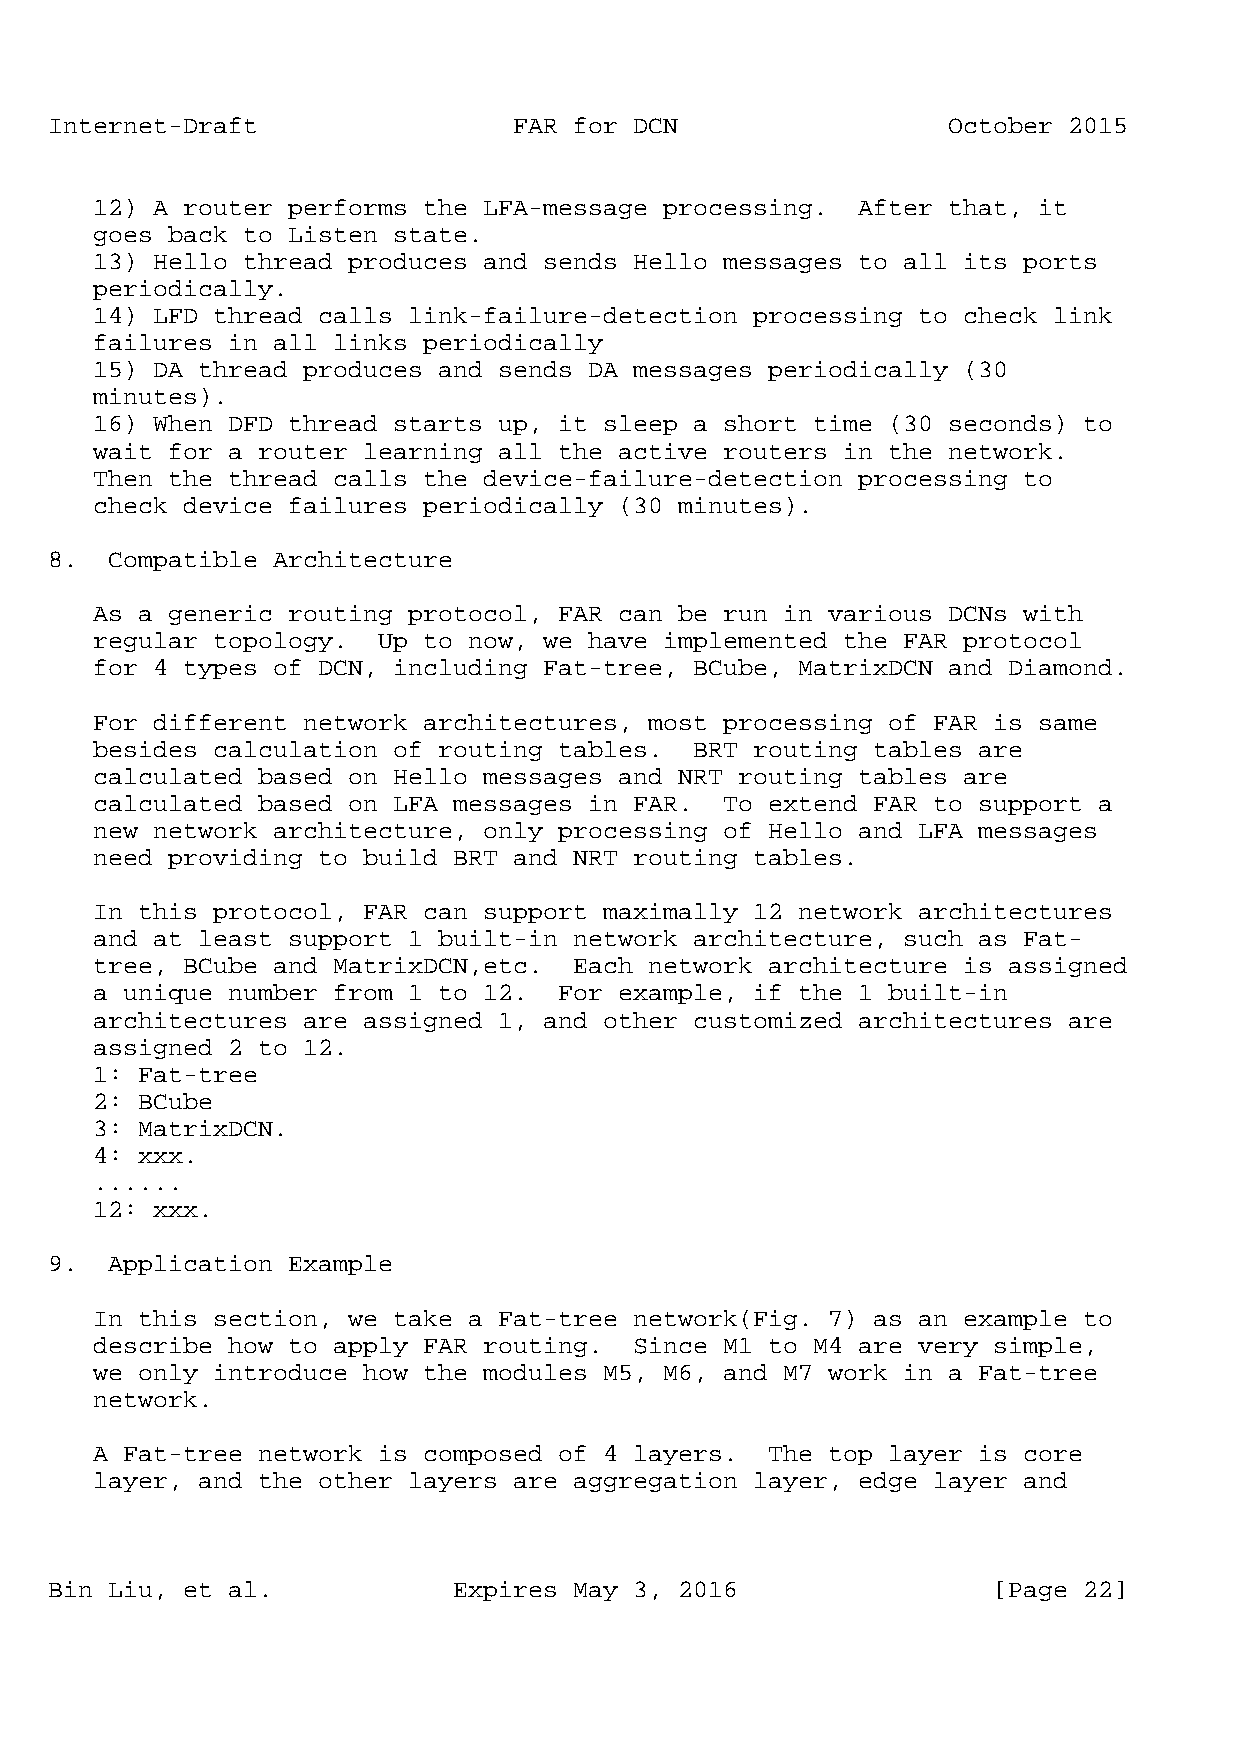
Internet-Draft                 FAR for DCN                  October 2015
 12) A router performs the LFA-message processing.  After that, it
 goes back to Listen state.
 13) Hello thread produces and sends Hello messages to all its ports
 periodically.
 14) LFD thread calls link-failure-detection processing to check link
 failures in all links periodically
 15) DA thread produces and sends DA messages periodically (30
 minutes).
 16) When DFD thread starts up, it sleep a short time (30 seconds) to
 wait for a router learning all the active routers in the network.
 Then the thread calls the device-failure-detection processing to
 check device failures periodically (30 minutes).
 8.  Compatible Architecture
 As a generic routing protocol, FAR can be run in various DCNs with
 regular topology.  Up to now, we have implemented the FAR protocol
 for 4 types of DCN, including Fat-tree, BCube, MatrixDCN and Diamond.
 For different network architectures, most processing of FAR is same
 besides calculation of routing tables.  BRT routing tables are
 calculated based on Hello messages and NRT routing tables are
 calculated based on LFA messages in FAR.  To extend FAR to support a
 new network architecture, only processing of Hello and LFA messages
 need providing to build BRT and NRT routing tables.
 In this protocol, FAR can support maximally 12 network architectures
 and at least support 1 built-in network architecture, such as Fat-
 tree, BCube and MatrixDCN,etc.  Each network architecture is assigned
 a unique number from 1 to 12.  For example, if the 1 built-in
 architectures are assigned 1, and other customized architectures are
 assigned 2 to 12.
 1: Fat-tree
 2: BCube
 3: MatrixDCN.
 4: xxx.
 ......
 12: xxx.
 9.  Application Example
 In this section, we take a Fat-tree network(Fig. 7) as an example to
 describe how to apply FAR routing.  Since M1 to M4 are very simple,
 we only introduce how the modules M5, M6, and M7 work in a Fat-tree
 network.
 A Fat-tree network is composed of 4 layers.  The top layer is core
 layer, and the other layers are aggregation layer, edge layer and
 Bin Liu, et al.            Expires May 3, 2016                 [Page 22]